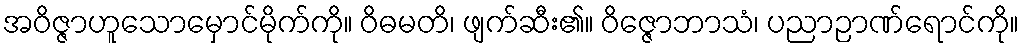
အဝိဇ္ဇာဟူသောမှောင်မိုက်ကို။ ဝိဓမတိ၊ ဖျက်ဆီး၏။ ဝိဇ္ဇောဘာသံ၊ ပညာဉာဏ်ရောင်ကို။